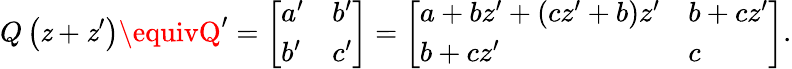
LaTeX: Q\left(\mathit{z}+\mathit{z}^{\prime}\right)\equivQ^{\prime}=\left[\begin{array}{ll}{a^{\prime}}&{b^{\prime}}\\ {b^{\prime}}&{c^{\prime}}\end{array}\right]=\left[\begin{array}{ll}{a+bz^{\prime}+\left(cz^{\prime}+b\right)z^{\prime}}&{b+cz^{\prime}}\\ {b+cz^{\prime}}&{c}\end{array}\right].